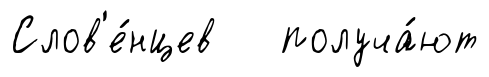
Слов'е́нцев получа́ют